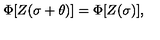
\Phi [ Z ( \sigma + \theta ) ] = \Phi [ Z ( \sigma ) ] ,